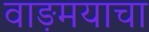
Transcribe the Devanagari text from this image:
वाङ़मयाचा